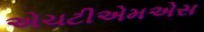
એચટીએમએસ